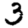
Digit: 3